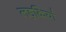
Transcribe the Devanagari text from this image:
लड़कियां